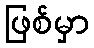
ဖြစ်မှာ